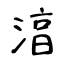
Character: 湻